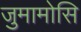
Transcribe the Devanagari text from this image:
जुमामोसि